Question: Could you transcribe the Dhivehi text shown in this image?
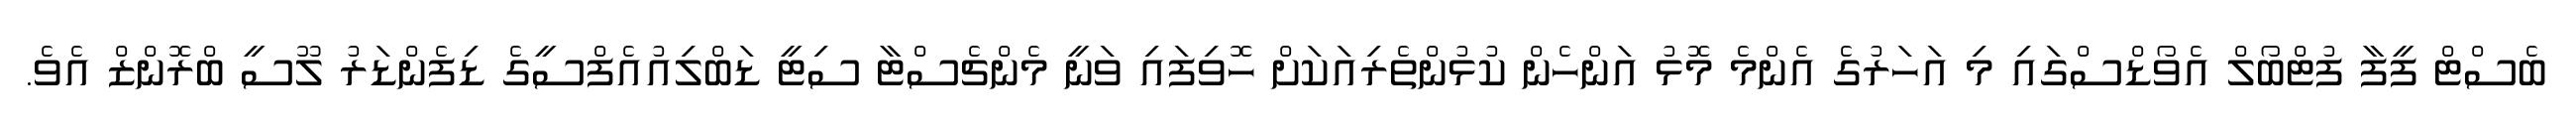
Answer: ބެސްޓް ފީފާ ފުޓްބޯލް އެވޯޑްސްގައި މި އަހަރުގެ އެންމެ މޮޅު އަންހެން ކުޅުންތެރިއަކަށް ހޮވިފައި ވަނީ މެންޗެސްޓާ ސިޓީ ޑަބްލިއުއެފްސީގެ ޑިފެންޑަރު ލޫސީ ބްރޮންޒް އެވެ.